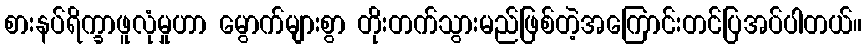
စားနပ်ရိက္ခာဖူလုံမှုဟာ မွောက်များစွာ တိုးတက်သွားမည်ဖြစ်တဲ့အကြောင်းတင်ပြအပ်ပါတယ်။